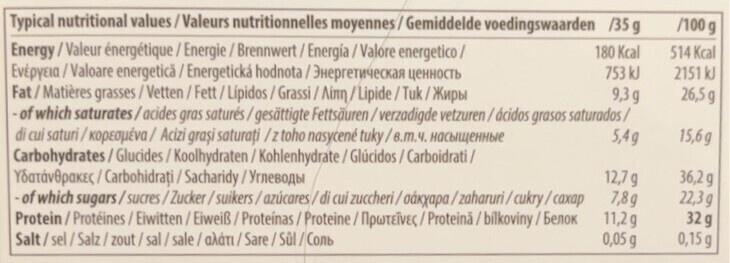
Typical nutritional values / Valeurs nutritionnelles moyennes/Gemiddelde voedingswaarden /35 g
180 Kcal
Energy/Valeur énergétique / Energie/Brennwert / Energía/Valore energetico/ Evepycia/Valoare energetică / Energetická hodnota/3неprетическая ченность Fat/Matières grasses/Vetten / Fett/Lípidos/Grassi/Ainn/Lipide/Tuk/жиpы
753 kJ
9,3 g
5,4g
-of which saturates/acides gras saturés/gesättigte Fettsäuren/verzadigde vetzuren/ácidos grasos saturados/ di cui saturi/Kopeouéva/ Acizi graşi saturați/z toho nasycené tuky/8.m.4. Habeb Carbohydrates/Glucides / Koolhydraten/Kohlenhydrate/Glúcidos/Carboidrati / YoaTavepakeç/Carbohidrați/Sacharidy/Yrneводы
-of which sugars/sucres/Zucker/suikers/azúcares/di cui zuccheri/oáxyapa/zaharuri/cukry/caxap Protein/Protéines / Eiwitten / Eiweiß/Proteínas / Proteine/npwTEÏVEC/ Proteină/bilkoviny/benok Salt/sel/Salz/zout/sal/sale/alát/Sare/Sül/Conb
12,7 g
7,8g
11,2 g
0,05 g
/100 g
514 Kcal
2151 kJ
26,5 g
15,6g
36,2 g
22,3 g
32 g
0,15 g